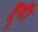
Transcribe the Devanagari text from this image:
हूपी